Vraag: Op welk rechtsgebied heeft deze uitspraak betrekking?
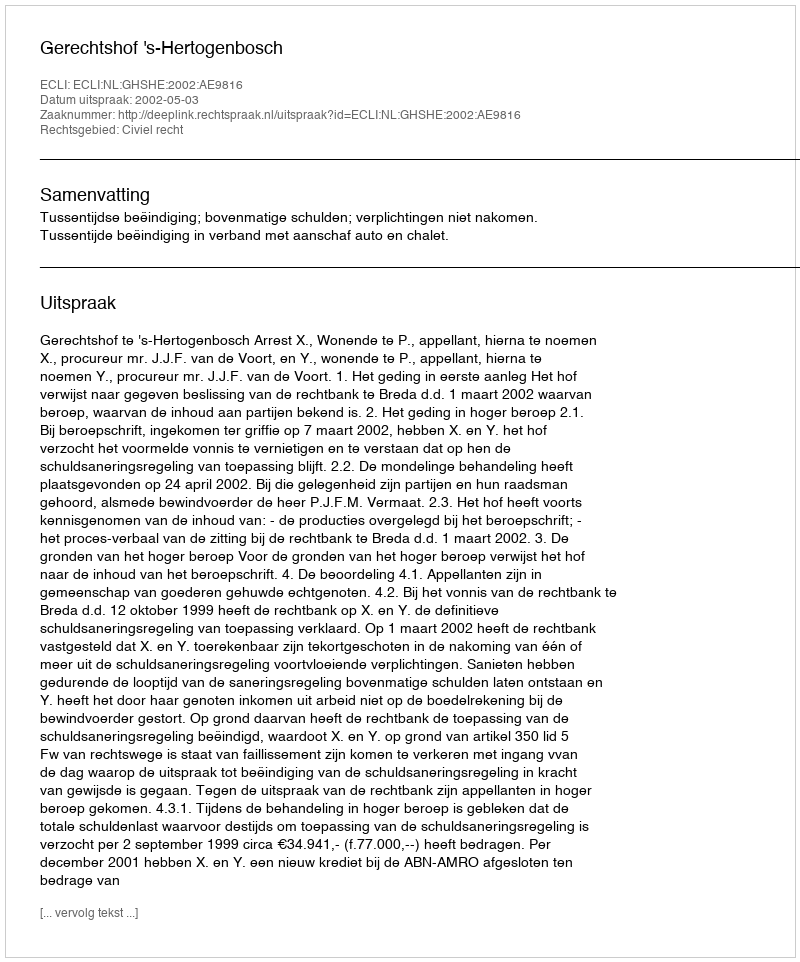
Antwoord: Civiel recht